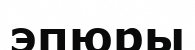
эпюры